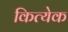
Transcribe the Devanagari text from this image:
कित्‍येक